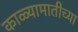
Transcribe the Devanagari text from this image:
काळ्यामातीच्या